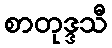
စာတုဒ္ဒသီ